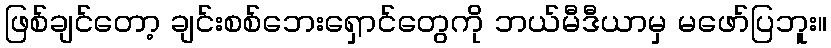
ဖြစ်ချင်တော့ ချင်းစစ်ဘေးရှောင်တွေကို ဘယ်မီဒီယာမှ မဖော်ပြဘူး။